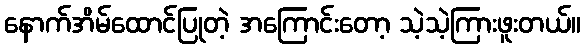
နောက်အိမ်ထောင်ပြုတဲ့ အကြောင်းတော့ သဲ့သဲ့ကြားဖူးတယ်။